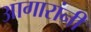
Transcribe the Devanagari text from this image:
आगारांनी